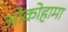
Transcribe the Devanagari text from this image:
ओकोहामा